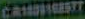
CAST